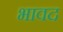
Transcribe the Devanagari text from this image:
भावद